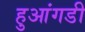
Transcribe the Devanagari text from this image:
हुआंगडी